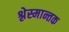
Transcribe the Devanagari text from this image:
श्लेस्मान्तक